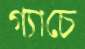
গ্যাচে